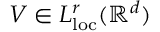
V \in L _ { \mathrm { l o c } } ^ { r } ( \ensuremath { \mathbb { R } } ^ { d } )